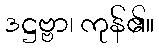
ဒဋ္ဌဗ္ဗာ၊ ကုန်၏။